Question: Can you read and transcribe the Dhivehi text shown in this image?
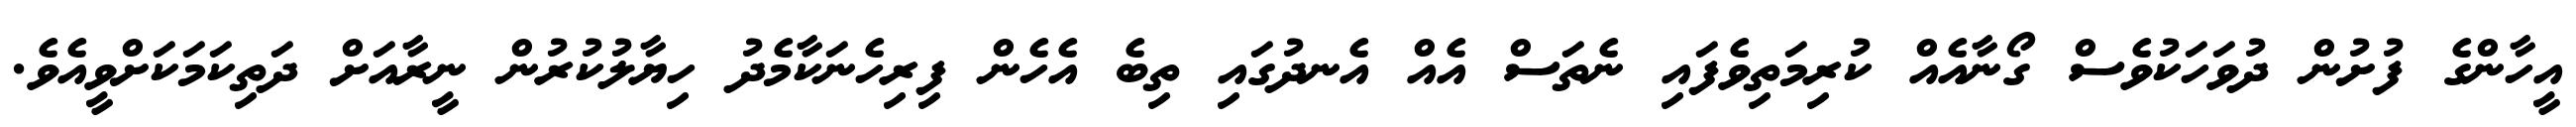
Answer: އީހާންގެ ފުށުން ދުވަހަކުވެސް ގޯނާއެއް ކުރިމަތިވެފައި ނެތަސް އެއް އެނދުގައި ތިބެ އެހެން ފިރިހެނަކާމެދު ހިޔާލުކުރުން ނީރާއަށް ދަތިކަމަކަށްވީއެވެ.